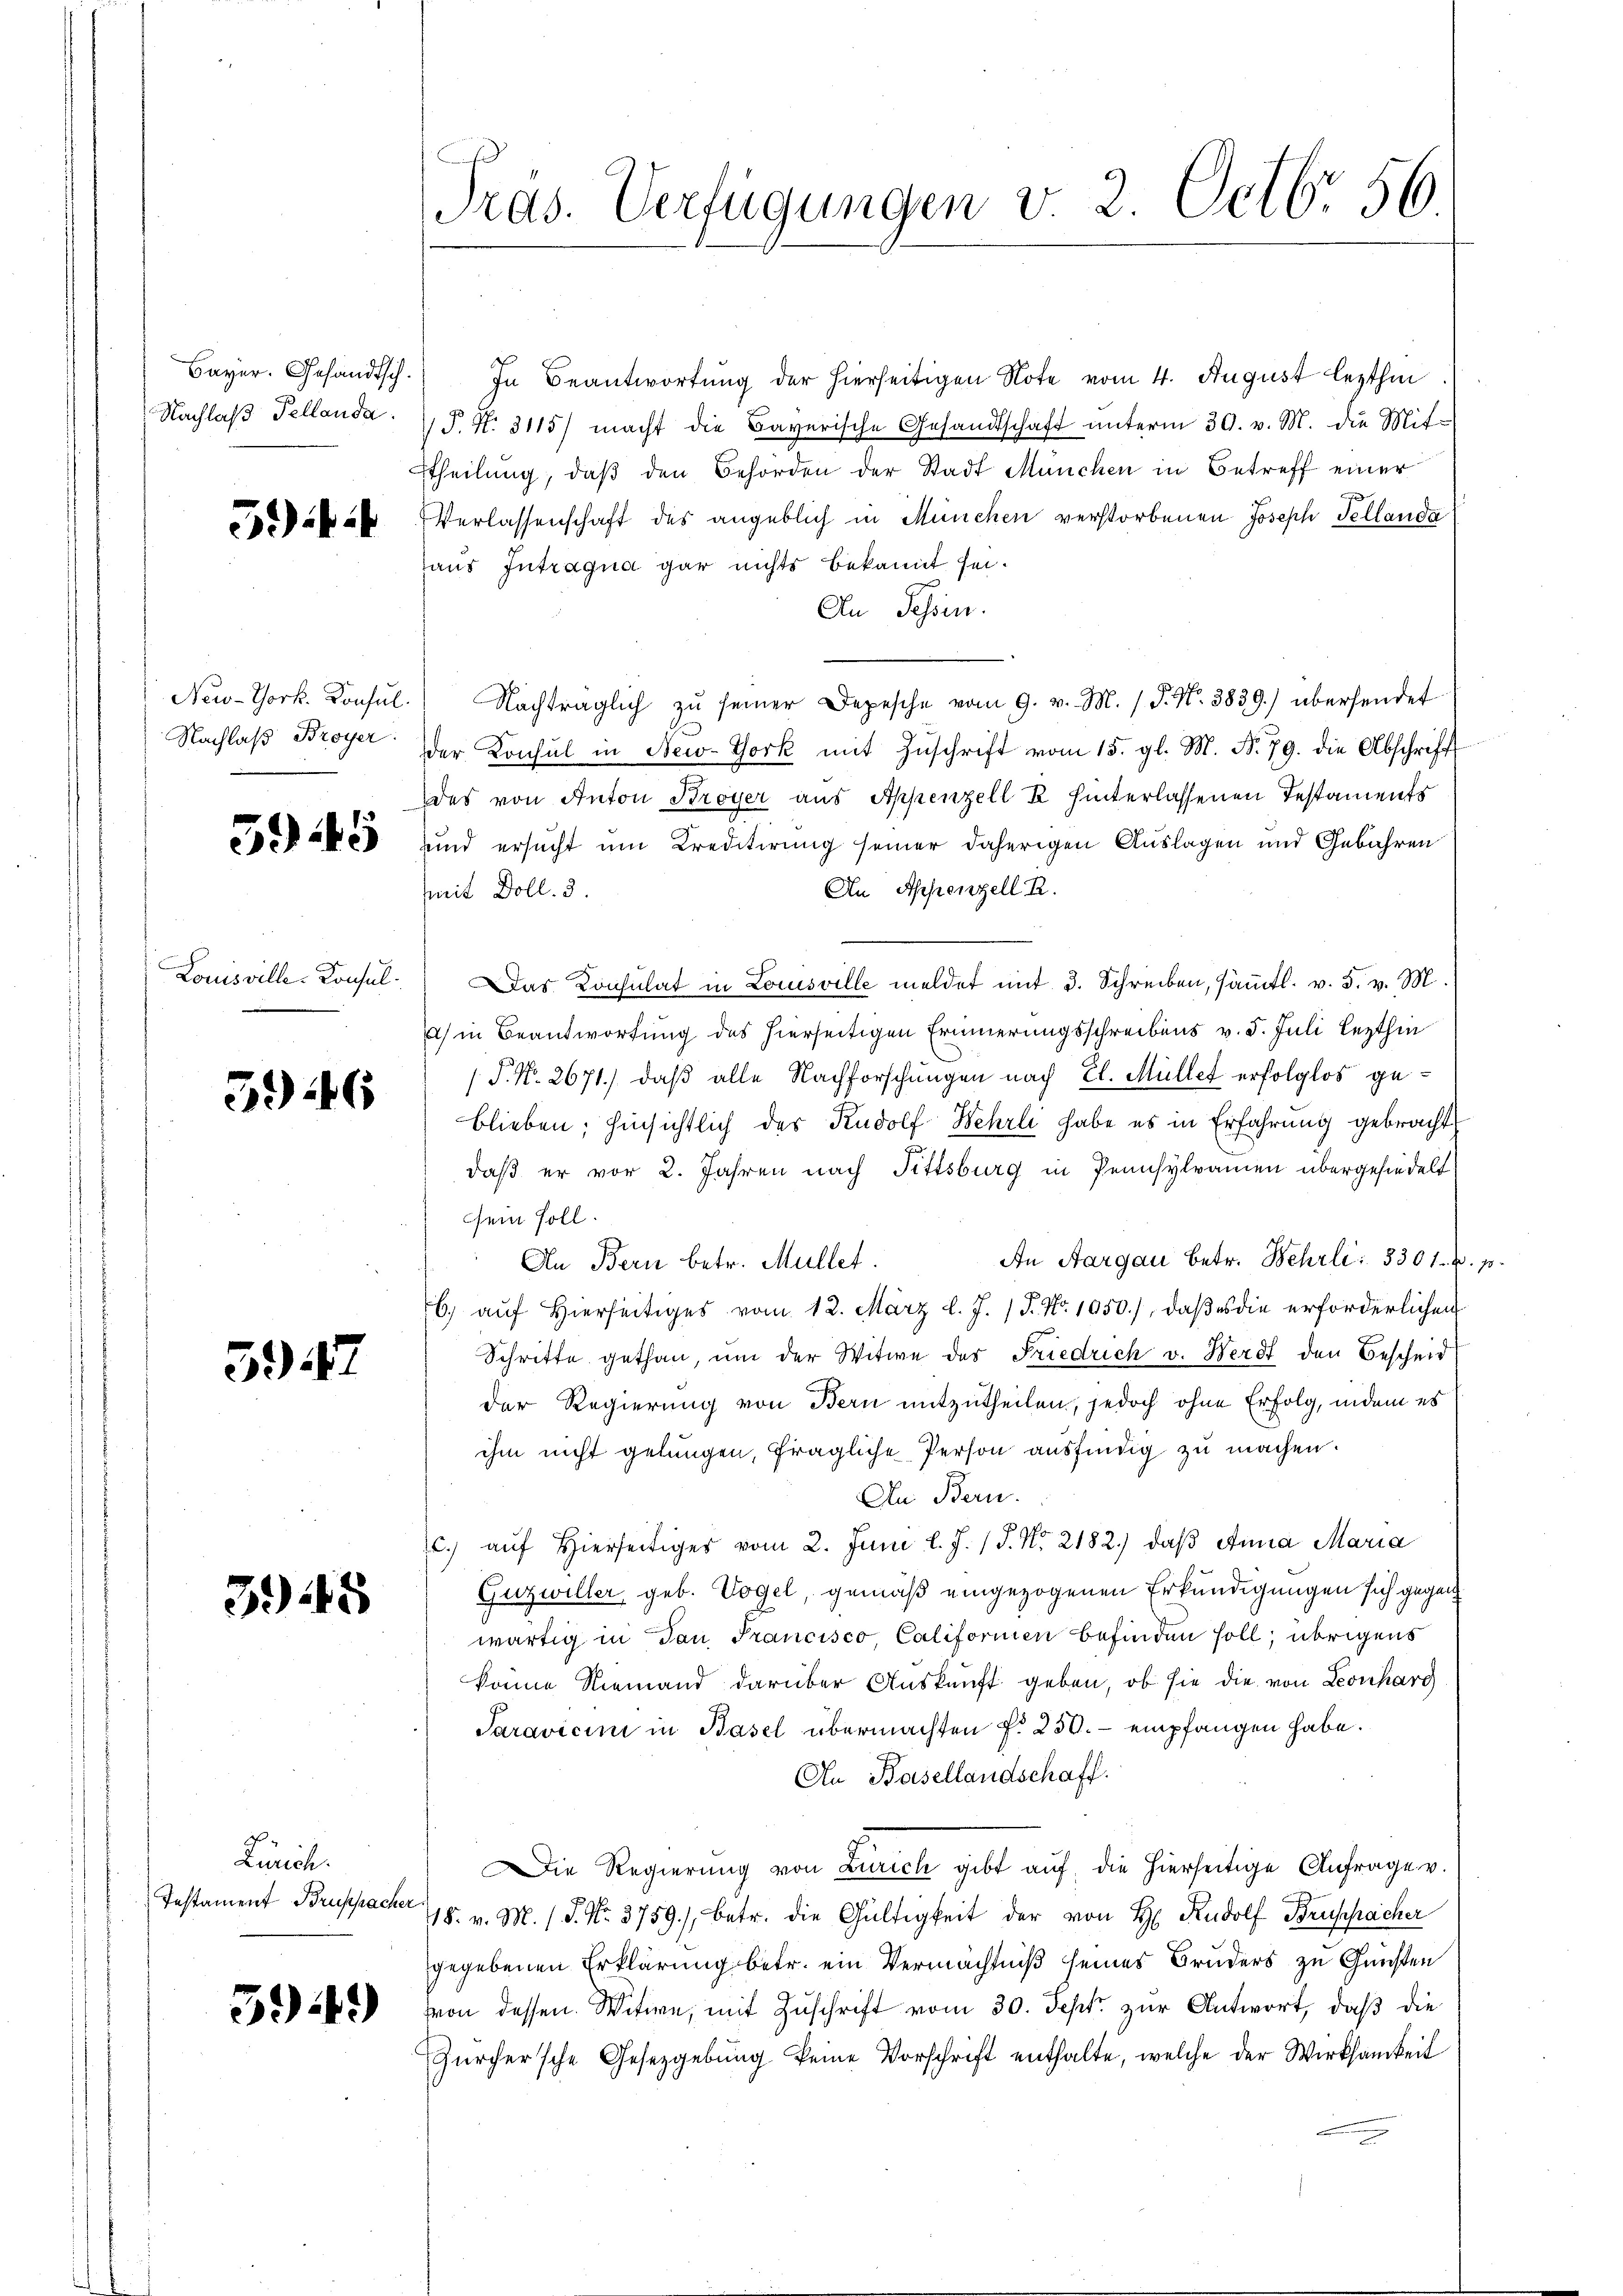
Bayer. Gehändtsch.
Nachlaß Fellanda.

5) i

New-York. Konsul
Nachlaß Broyer

5945

Louisville-Konsul

3946

3917

3.45

Zürich.
Instament Bruppacher

54.)

Pras. Verfügungen v. 2. Octbr. 56.

In Beantwortung der hierseitigen Note vom 4. August lezthin
P. Nr. 3115) macht die Bayerische Gesandtschaft ŭnterm 30. v. M. die Mit-
ttheilung, daβ den Behörden der Stadt München in Betreff einer
VVerlassenschaft des angeblich in München verstorbenen Joseph Fellanda
haus Intragua gar nichts bekannt sei.
An Sessen.
Nachträglich zu seiner Depesche vom 9. v. M. / P. Nr. 3839.) übersendet
der Konsul in New-York mit Zŭschrift vom 15. gl. M. N. 79. die Abschrift
des von Anton Broyer aus Appenzell R. hinterlassenen Testaments
unnd ersucht um Creditirung seiner daherigen Auslagen und Gebühren
An Appenzell R.
Mit Doll. 3.
Das Consulat in Louisville meldet mit 3. Schreiben, sämmtl. v. 5. v. M.
a) in Beantwortung des hierseitigen Erinnerungsschreibens v. 5. Juli lezthin
 P. No. 2671.) daß alle Nachforschungen nach El. Müllef erfolglos geblieben; hinsichtlich des Rudolf Wehrli habe es in Erfahrung gebracht
daß er vor 2. Jahren nach Fittsburg in Pennsylramen übergehindelt
sein soll.
An Aargau betr. Behrli : 3301. 4. p.
An Bern betr. Müllet.
6) auf Hierseitiges vom 12. März l. J. P. Nr. 1050.), daß es die erforderlichen
Schritte gethan, um der Witwe der Friedrich v. Herdt den Bescheid
der Regierung von Bern mitzutheilen, jedoch ohne Erfolg, indem es
ihm nicht gelungen, fragliche Person ausfindig zu machen.
An Bern.
c.) auf Hierseitiges vom 2. Juni l. J. J. N. 2182.) daß Anna Maria
Guzwiller, geb. Vogel, gemäß eingezogenen Erkundigungen sich gegen
wärtig in Dan Prancisco Califormen befinden soll; übrigens
könne Niemand darüber Auskunft geben, ob sie die von Leonharg
Saravicini in Basel übermachten §. 250.- empfangen habe.
An Basellandschaff
Die Regierung von Zürich gibt aŭf die hierseitige Anfrage v.
418. v. M. s. S. Nr. 3759), betr. die Gültigkeit der von H. Rudolf Bruspacker
gegebenen Erklärung betr. ein Vermächtniß seines Bruders zu Gunsten
von dessen Witwe, mit Zuschrift vom 30. Sept. zur Antwort, daß die
Zürcher'sche Gesetzgebung keine Vorschrift enthalte, welche der Wirksamkeit